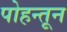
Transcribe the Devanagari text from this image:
पोहन्तून